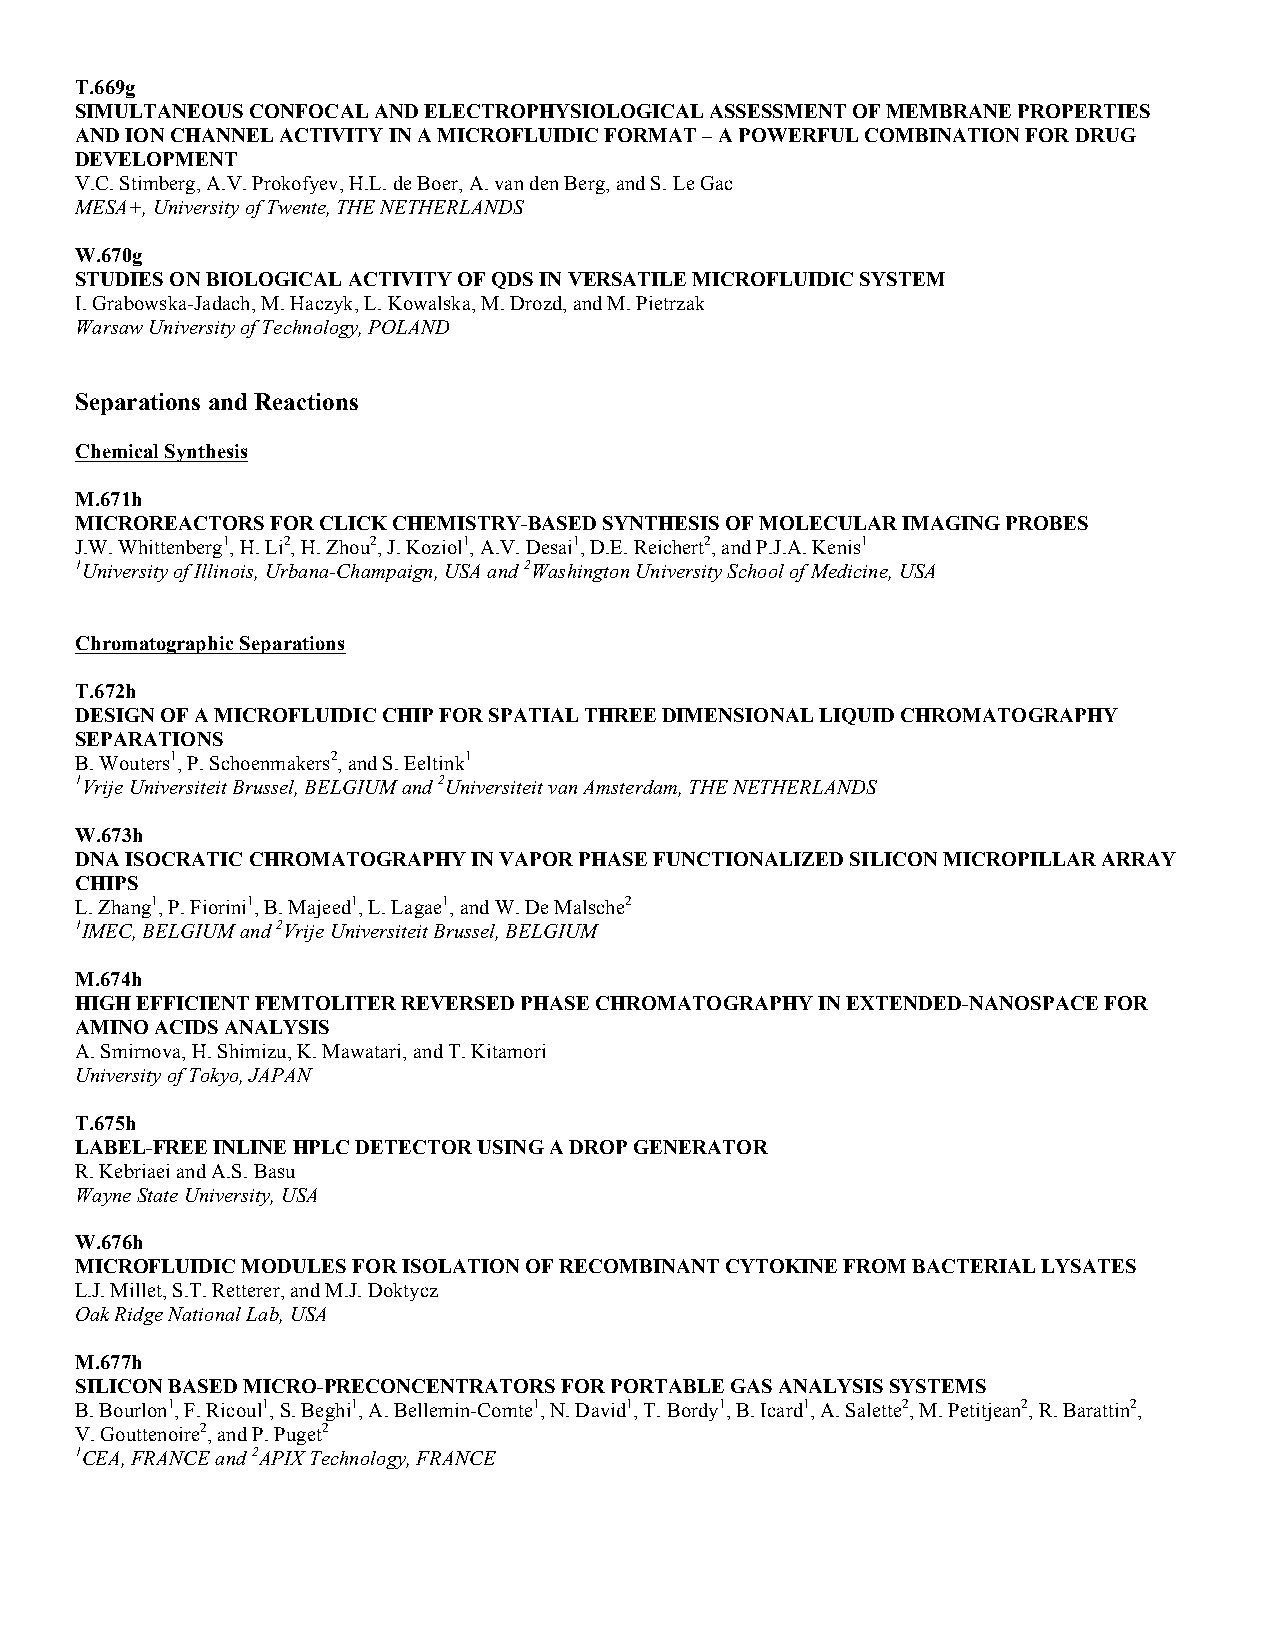
T.669g
 SIMULTANEOUS CONFOCAL AND ELECTROPHYSIOLOGICAL ASSESSMENT OF MEMBRANE PROPERTIES
 AND ION CHANNEL ACTIVITY IN A MICROFLUIDIC FORMAT – A POWERFUL COMBINATION FOR DRUG
 DEVELOPMENT
 V.C. Stimberg, A.V. Prokofyev, H.L. de Boer, A. van den Berg, and S. Le Gac
 MESA+, University of Twente, THE NETHERLANDS
 W.670g
 STUDIES ON BIOLOGICAL ACTIVITY OF QDS IN VERSATILE MICROFLUIDIC SYSTEM
 I. Grabowska-Jadach, M. Haczyk, L. Kowalska, M. Drozd, and M. Pietrzak
 Warsaw University of Technology, POLAND
 Separations and Reactions
 Chemical Synthesis
 M.671h
 MICROREACTORS FOR CLICK CHEMISTRY-BASED SYNTHESIS OF MOLECULAR IMAGING PROBES
 J.W. Whittenberg1, H. Li2, H. Zhou2, J. Koziol1, A.V. Desai1, D.E. Reichert2, and P.J.A. Kenis1
 1University of Illinois, Urbana-Champaign, USA and 2Washington University School of Medicine, USA
 Chromatographic Separations
 T.672h
 DESIGN OF A MICROFLUIDIC CHIP FOR SPATIAL THREE DIMENSIONAL LIQUID CHROMATOGRAPHY
 SEPARATIONS
 B. Wouters1, P. Schoenmakers2, and S. Eeltink1
 1Vrije Universiteit Brussel, BELGIUM and 2Universiteit van Amsterdam, THE NETHERLANDS
 W.673h
 DNA ISOCRATIC CHROMATOGRAPHY IN VAPOR PHASE FUNCTIONALIZED SILICON MICROPILLAR ARRAY
 CHIPS
 L. Zhang1, P. Fiorini1, B. Majeed1, L. Lagae1, and W. De Malsche2
 1IMEC, BELGIUM and 2Vrije Universiteit Brussel, BELGIUM
 M.674h
 HIGH EFFICIENT FEMTOLITER REVERSED PHASE CHROMATOGRAPHY IN EXTENDED-NANOSPACE FOR
 AMINO ACIDS ANALYSIS
 A. Smirnova, H. Shimizu, K. Mawatari, and T. Kitamori
 University of Tokyo, JAPAN
 T.675h
 LABEL-FREE INLINE HPLC DETECTOR USING A DROP GENERATOR
 R. Kebriaei and A.S. Basu
 Wayne State University, USA
 W.676h
 MICROFLUIDIC MODULES FOR ISOLATION OF RECOMBINANT CYTOKINE FROM BACTERIAL LYSATES
 L.J. Millet, S.T. Retterer, and M.J. Doktycz
 Oak Ridge National Lab, USA
 M.677h
 SILICON BASED MICRO-PRECONCENTRATORS FOR PORTABLE GAS ANALYSIS SYSTEMS
 B. Bourlon1, F. Ricoul1, S. Beghi1, A. Bellemin-Comte1, N. David1, T. Bordy1, B. Icard1, A. Salette2, M. Petitjean2, R. Barattin2,
 V. Gouttenoire2, and P. Puget2
 1CEA, FRANCE and 2APIX Technology, FRANCE